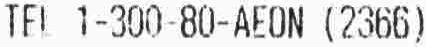
TEL 1-300-80-AEON (2366)